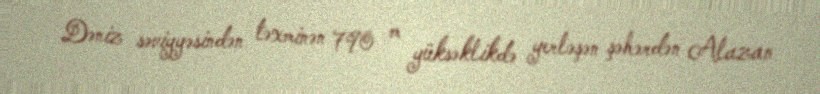
Dəniz səviyyəsindən təxminən 790 m yüksəklikdə yerləşən şəhərdən Alazan